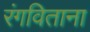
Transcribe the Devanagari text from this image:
रंगविताना